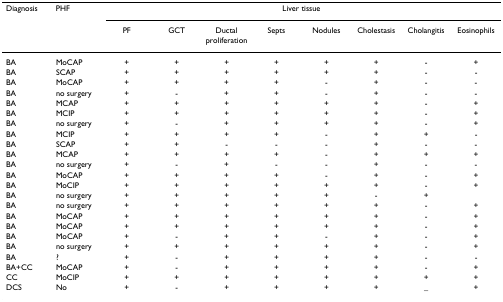
<table><thead><tr><td><b>Diagnosis</b></td><td><b>PHF</b></td><td colspan="8"><b>Liver tissue</b></td></tr><tr><td></td><td></td><td><b>PF</b></td><td><b>GCT</b></td><td><b>Ductal proliferation</b></td><td><b>Septs</b></td><td><b>Nodules</b></td><td><b>Cholestasis</b></td><td><b>Cholangitis</b></td><td><b>Eosinophils</b></td></tr></thead><tbody><tr><td>BA</td><td>MoCAP</td><td>+</td><td>+</td><td>+</td><td>+</td><td>+</td><td>+</td><td>-</td><td>+</td></tr><tr><td>BA</td><td>SCAP</td><td>+</td><td>+</td><td>+</td><td>+</td><td>+</td><td>+</td><td>-</td><td>-</td></tr><tr><td>BA</td><td>MoCAP</td><td>+</td><td>+</td><td>+</td><td>+</td><td>-</td><td>+</td><td>-</td><td>-</td></tr><tr><td>BA</td><td>no surgery</td><td>+</td><td>-</td><td>+</td><td>+</td><td>-</td><td>+</td><td>-</td><td>-</td></tr><tr><td>BA</td><td>MCAP</td><td>+</td><td>+</td><td>+</td><td>+</td><td>+</td><td>+</td><td>-</td><td>+</td></tr><tr><td>BA</td><td>MCIP</td><td>+</td><td>+</td><td>+</td><td>+</td><td>+</td><td>+</td><td>-</td><td>+</td></tr><tr><td>BA</td><td>no surgery</td><td>+</td><td>-</td><td>+</td><td>+</td><td>+</td><td>+</td><td>-</td><td>+</td></tr><tr><td>BA</td><td>MCIP</td><td>+</td><td>+</td><td>+</td><td>+</td><td>-</td><td>+</td><td>+</td><td>-</td></tr><tr><td>BA</td><td>SCAP</td><td>+</td><td>+</td><td>-</td><td>-</td><td>-</td><td>+</td><td>-</td><td>-</td></tr><tr><td>BA</td><td>MCAP</td><td>+</td><td>+</td><td>+</td><td>+</td><td>-</td><td>+</td><td>+</td><td>+</td></tr><tr><td>BA</td><td>no surgery</td><td>+</td><td>-</td><td>+</td><td>-</td><td>-</td><td>+</td><td>-</td><td>-</td></tr><tr><td>BA</td><td>MoCAP</td><td>+</td><td>+</td><td>+</td><td>+</td><td>-</td><td>+</td><td>-</td><td>+</td></tr><tr><td>BA</td><td>MoCIP</td><td>+</td><td>+</td><td>+</td><td>+</td><td>+</td><td>+</td><td>-</td><td>+</td></tr><tr><td>BA</td><td>no surgery</td><td>+</td><td>+</td><td>+</td><td>+</td><td>+</td><td>-</td><td>+</td><td></td></tr><tr><td>BA</td><td>no surgery</td><td>+</td><td>+</td><td>+</td><td>+</td><td>+</td><td>+</td><td>-</td><td>+</td></tr><tr><td>BA</td><td>MoCAP</td><td>+</td><td>+</td><td>+</td><td>+</td><td>+</td><td>+</td><td>-</td><td>+</td></tr><tr><td>BA</td><td>MoCAP</td><td>+</td><td>+</td><td>+</td><td>+</td><td>+</td><td>+</td><td>-</td><td>+</td></tr><tr><td>BA</td><td>MoCAP</td><td>+</td><td>-</td><td>+</td><td>+</td><td>-</td><td>+</td><td>-</td><td>+</td></tr><tr><td>BA</td><td>no surgery</td><td>+</td><td>+</td><td>+</td><td>+</td><td>+</td><td>+</td><td>-</td><td>+</td></tr><tr><td>BA</td><td>?</td><td>+</td><td>-</td><td>+</td><td>+</td><td>+</td><td>+</td><td>-</td><td>-</td></tr><tr><td>BA+CC</td><td>MoCAP</td><td>+</td><td>-</td><td>+</td><td>+</td><td>+</td><td>+</td><td>-</td><td>+</td></tr><tr><td>CC</td><td>MoCIP</td><td>+</td><td>+</td><td>+</td><td>+</td><td>+</td><td>+</td><td>+</td><td>+</td></tr><tr><td>DCS</td><td>No</td><td>+</td><td>-</td><td>+</td><td>+</td><td>+</td><td>+</td><td>_</td><td>+</td></tr></tbody></table>